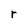
Character: r